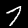
Digit: 7